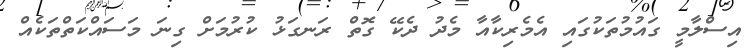
އިސްލާމީ ގައުމުތަކުގައި އެމެރިކާއާ މެދު ދެކޭ ގޮތް ރަނގަޅު ކުރުމަށް ގިނަ މަސައްކަތްތަކެއް